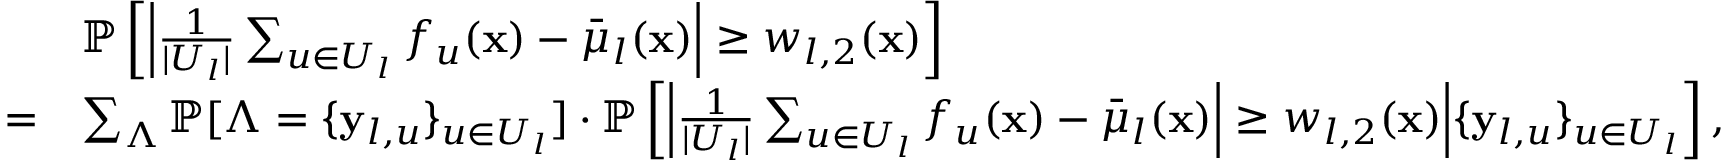
\begin{array} { r l } & { \mathbb { P } \left[ \left| \frac { 1 } { | U _ { l } | } \sum _ { u \in U _ { l } } f _ { u } ( \mathbf { x } ) - \bar { \mu } _ { l } ( \mathbf { x } ) \right| \geq w _ { l , 2 } ( \mathbf { x } ) \right] } \\ { = } & { \sum _ { \Lambda } \mathbb { P } [ \Lambda = \{ \mathbf { y } _ { l , u } \} _ { u \in U _ { l } } ] \cdot \mathbb { P } \left[ \left| \frac { 1 } { | U _ { l } | } \sum _ { u \in U _ { l } } f _ { u } ( \mathbf { x } ) - \bar { \mu } _ { l } ( \mathbf { x } ) \right| \geq w _ { l , 2 } ( \mathbf { x } ) \middle | \{ \mathbf { y } _ { l , u } \} _ { u \in U _ { l } } \right] , } \end{array}